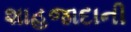
શાહજાદાની